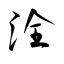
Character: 洤